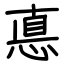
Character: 悳